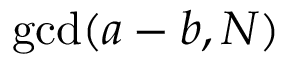
\operatorname* { g c d } ( a - b , N )